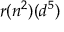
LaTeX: r ( n ^ { 2 } ) ( d ^ { 5 } )